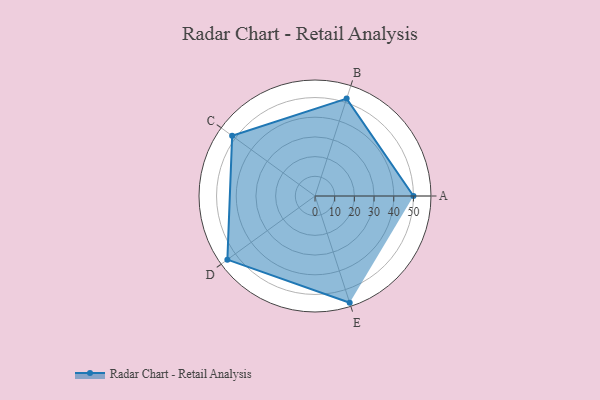
{"axis": {"x": "Skill", "y": "Score"}, "legend": ["Profile"], "data": [{"x": "A", "y": 50.0, "type": "Profile"}, {"x": "B", "y": 52.0, "type": "Profile"}, {"x": "C", "y": 52.0, "type": "Profile"}, {"x": "D", "y": 55.0, "type": "Profile"}, {"x": "E", "y": 57.0, "type": "Profile"}]}